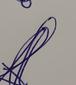
Signature authenticity: genuine